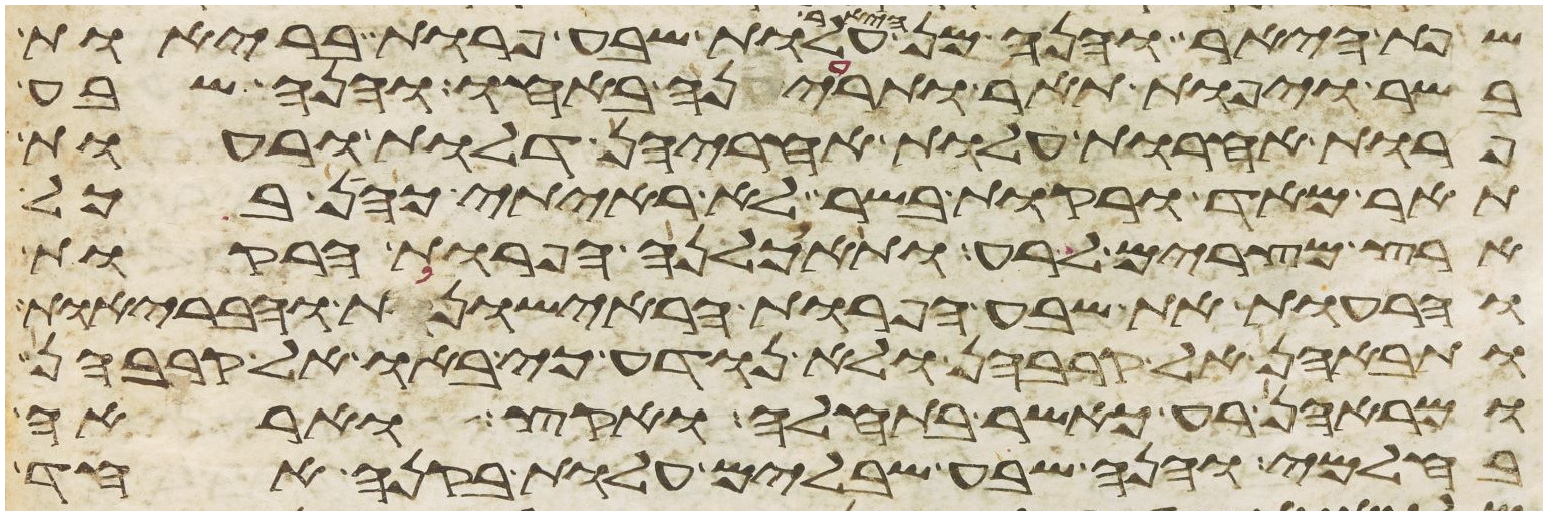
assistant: שפת היאר והנה מן היאר עלות שבע פרות בריות
בשר ויפות תאר ותריענה באחו והנה שבע
פרות אחרות עלות אחריהן דלות ורעות
תאר מאד ורקות בשר לא ראיתי כהן בכל
ארץ מצרים לרע ותאכלנה הפרות הרקות
והרעות את שבע הפרות הראישונות והבריות
ותבאנה אל קרבהן ולא נודע כי באו אל קרבהן
ומראהן רע כאשר בתחלה ואקץ ואראה
בחלמי והנה שבע שבלים עלות בקנה אחד